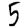
Digit: 5